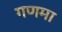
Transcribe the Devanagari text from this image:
गणमा